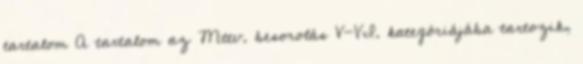
tartalom A tartalom az Mttv. besorolás V-VI. kategóriájába tartozik,